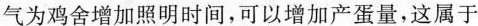
气为鸡舍增加照明时间，可以增加产蛋量，这属于